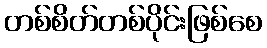
တစ်စိတ်တစ်ပိုင်းဖြစ်စေ